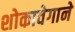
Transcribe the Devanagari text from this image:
शोकावेगाने